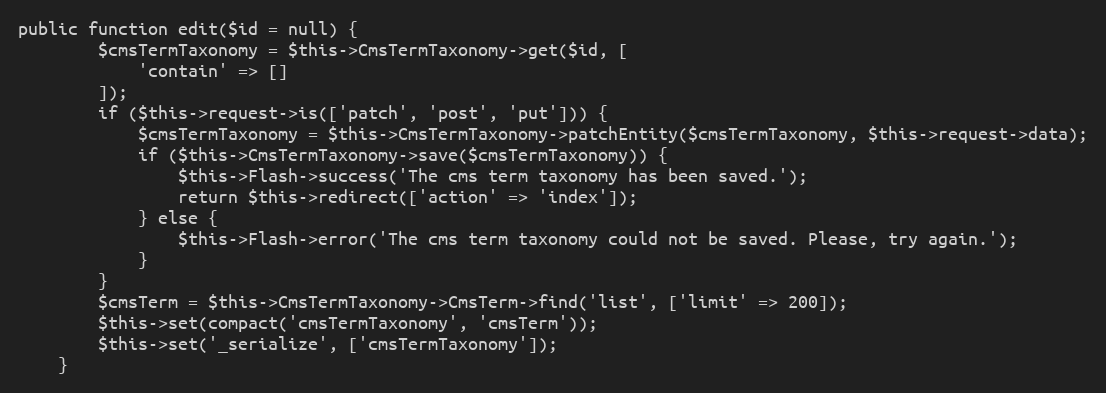
Language: PHP
public function edit($id = null) {
        $cmsTermTaxonomy = $this->CmsTermTaxonomy->get($id, [
            'contain' => []
        ]);
        if ($this->request->is(['patch', 'post', 'put'])) {
            $cmsTermTaxonomy = $this->CmsTermTaxonomy->patchEntity($cmsTermTaxonomy, $this->request->data);
            if ($this->CmsTermTaxonomy->save($cmsTermTaxonomy)) {
                $this->Flash->success('The cms term taxonomy has been saved.');
                return $this->redirect(['action' => 'index']);
            } else {
                $this->Flash->error('The cms term taxonomy could not be saved. Please, try again.');
            }
        }
        $cmsTerm = $this->CmsTermTaxonomy->CmsTerm->find('list', ['limit' => 200]);
        $this->set(compact('cmsTermTaxonomy', 'cmsTerm'));
        $this->set('_serialize', ['cmsTermTaxonomy']);
    }